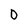
Character: D